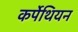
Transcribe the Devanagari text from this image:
कर्पेथियन